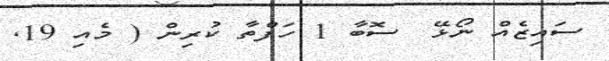
ސައިޒެއް ނޯޅޭ  ސޮބާ 1 ހަފްތާ ކުރިން ( މެއި 19